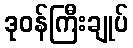
ဒုဝန်ကြီးချုပ်